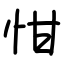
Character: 㤌